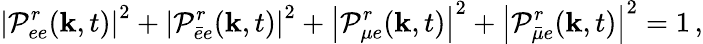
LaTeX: \left|{\cal P}_{ee}^{r}({\mathbf k},t)\right|^{2}+\left|{\cal P}_{\bar{e}e}^{r}({\mathbf k},t)\right|^{2}+\left|{\cal P}_{\mu e}^{r}({\mathbf k},t)\right|^{2}+\left|{\cal P}_{\bar{\mu}e}^{r}({\mathbf k},t)\right|^{2}=1\, ,